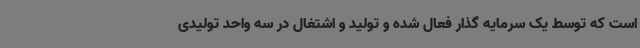
است که توسط یک سرمایه گذار فعال شده و تولید و اشتغال در سه واحد تولیدی